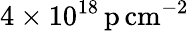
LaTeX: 4\times 10^{18}\, \mathrm{p\, cm^{-2}}